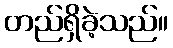
တည်ရှိခဲ့သည်။